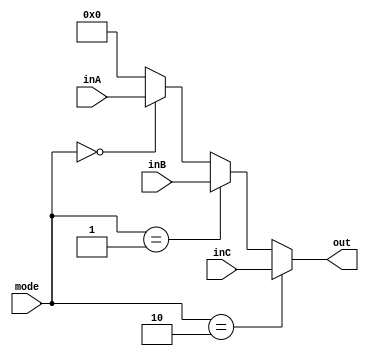
`timescale 1ns / 1ps

module _3_1_16bitMUX(output[15:0] out, input [15:0] inA, inB, inC, input [1:0] mode);
        assign out = (mode == 2)? inC : (mode == 1)? inB : (mode == 0) ? inA : 0;
endmodule